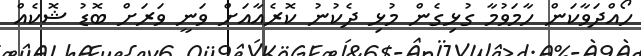
ހޯއްދަވާކަން ހާމަވުމާ ގުޅިގެން މުޅި ދެކުނު ކޮރެއާއަށް ވަނީ ވަރަށް ބޮޑު ޝޮކެއް